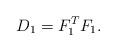
LaTeX: \begin{align*}D_{1}=F_{1}^{T}F_{1}. \end{align*}